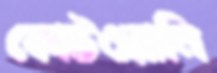
কোটওয়ালি